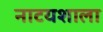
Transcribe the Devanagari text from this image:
नाटयशाला